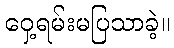
ဝှေ့ရမ်းမပြသာခဲ့။